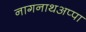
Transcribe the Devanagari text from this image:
नागनाथअप्पा